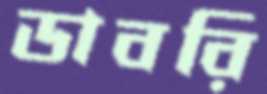
ডাবরি